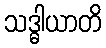
သဒ္ဓါယာတိ